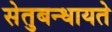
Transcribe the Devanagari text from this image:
सेतुबन्धायते